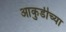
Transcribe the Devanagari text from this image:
आकुर्डीच्या